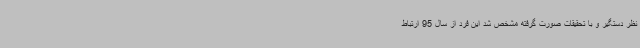
نظر دستگیر و با تحقیقات صورت گرفته مشخص شد این فرد از سال 95 ارتباط